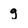
Character: q